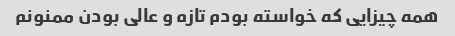
همه چیزایی که خواسته بودم تازه و عالی بودن ممنونم